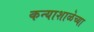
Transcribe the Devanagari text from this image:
कन्याशाळेच्या